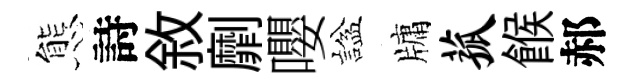
態詩敘劘嚶諡牗菰餱郝